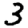
Digit: 3